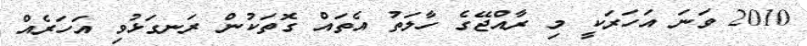
2010 ވަނަ އަހަރަކީ މި ރާއްޖޭގެ ހާލަތު އެތައް ގޮތަކުން ރަނގަޅުވި އަހަރެއް